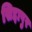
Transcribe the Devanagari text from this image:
सिद्दापुर